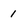
Character: 1